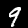
Digit: 9